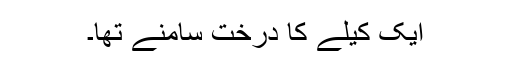
ایک کیلے کا درخت سامنے تھا۔